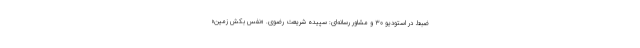
ضبط در استودیو 30 و مشاور رسانه‌ای: سپیده شریعت رضوی. «نفس بکش زمین»